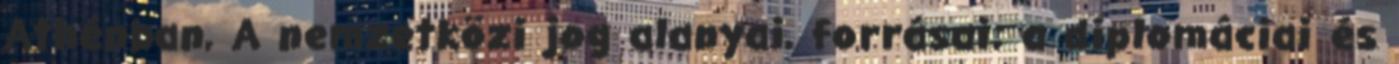
Athénban, A nemzetközi jog alanyai, forrásai; a diplomáciai és